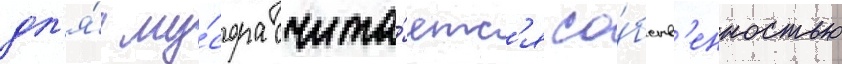
дл'я́ му́сора счита́етс'я со́бств'енностью